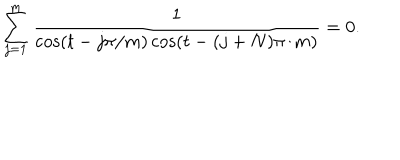
\sum _ { j = 1 } ^ { m } { \frac { 1 } { \cos ( t - { j \pi / m } ) \cos ( t - { ( j + N ) \pi / m } ) } } = 0 .